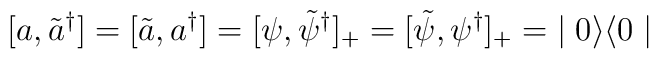
[a,\tilde{a}^{\dagger}] = [\tilde{a},a^{\dagger}] = [\psi, \tilde{\psi}^{\dagger}]_{+} = [\tilde{\psi},\psi^{\dagger}]_{+} = \; \mid 0 \rangle \langle 0 \mid